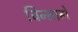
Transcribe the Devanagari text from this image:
विन्तागे